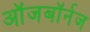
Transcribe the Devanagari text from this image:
ऑजबॉर्नज